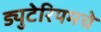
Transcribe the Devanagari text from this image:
ड्युटेरियमचे